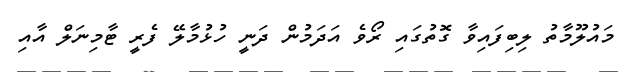
މައުލޫމާތު ލިބިފައިވާ ގޮތުގައި ރޯވެ އަދަމުން ދަނީ ހުޅުމާލޭ ފެރީ ޓާމިނަލް އާއި